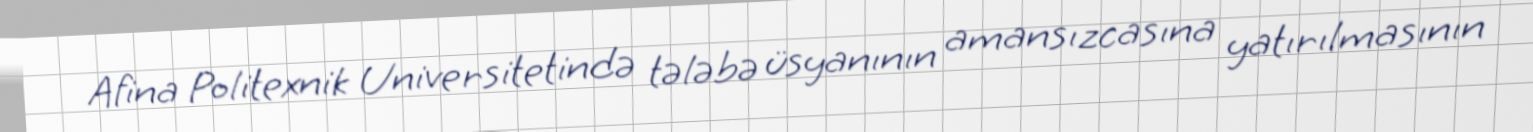
Afina Politexnik Universitetində tələbə üsyanının amansızcasına yatırılmasının